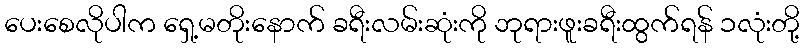
ပေးစေလိုပါက ရှေ့မတိုးနောက် ခရီးလမ်းဆုံးကို ဘုရားဖူးခရီးထွက်ရန် ၁လုံးတို့